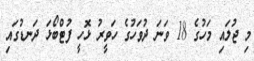
މި ޖުލައި މަހުގެ 18 ވަނަ ދުވަހުގެ ހަވީރު ޅޮހީ ފުޓްބޯޅަ ދަނޑުގައި